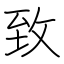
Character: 致